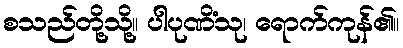
စသည်တို့သို့။ ပါပုဏိံသု၊ ရောက်ကုန်၏။